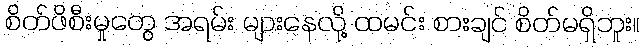
စိတ်ဖိစီးမှုတွေ အရမ်း များနေလို့ ထမင်း စားချင် စိတ်မရှိဘူး။